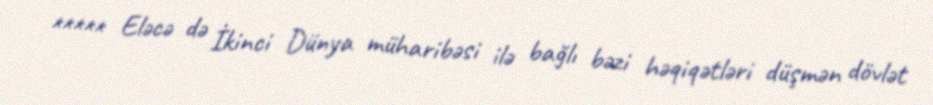
***** Eləcə də İkinci Dünya müharibəsi ilə bağlı bəzi həqiqətləri düşmən dövlət